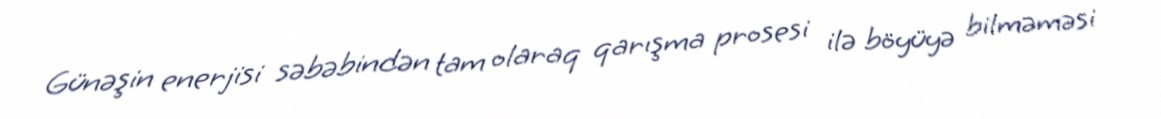
Günəşin enerjisi səbəbindən tam olaraq qarışma prosesi ilə böyüyə bilməməsi